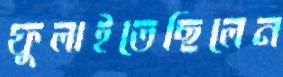
ফুলাইতেছিলেন